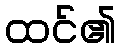
ထင်၏